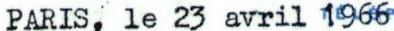
PARIS, le 2 3avril 1966